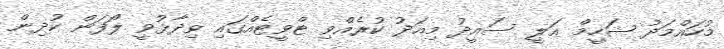
މުހައްމަދު ޝަހީމް އަލީ ސައީދު މިއަދު ކުރެއްވި ޓްވީޓެއްގައި ވިދާޅުވީ ލޯފަން ކުދިން